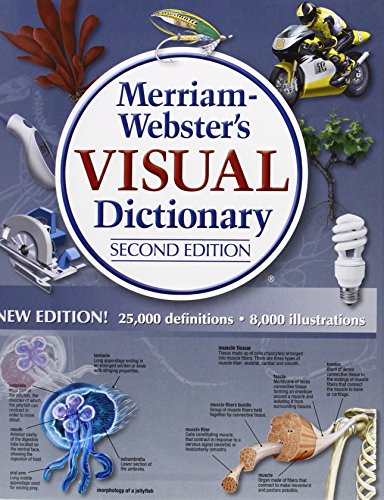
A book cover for Merriam-Webster's Visual Dictionary; Jean Claude Corbeil; Reference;